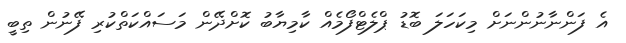
އެ ފަންނާނުންނަށް މިކަހަލަ ބޮޑު ޕްލެޓްފޯމެއް ކާމިޔާބު ކޮށްދޭން މަސައްކަތްކުރި ފޭނުން ތިބީ